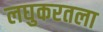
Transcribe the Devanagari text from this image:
लघुकरतला